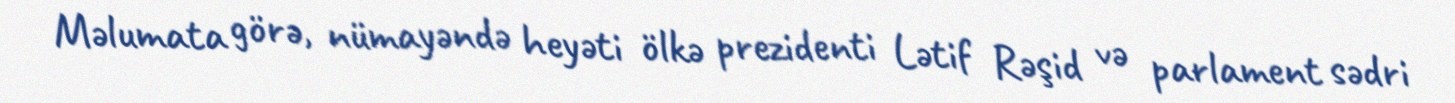
Məlumata görə, nümayəndə heyəti ölkə prezidenti Lətif Rəşid və parlament sədri